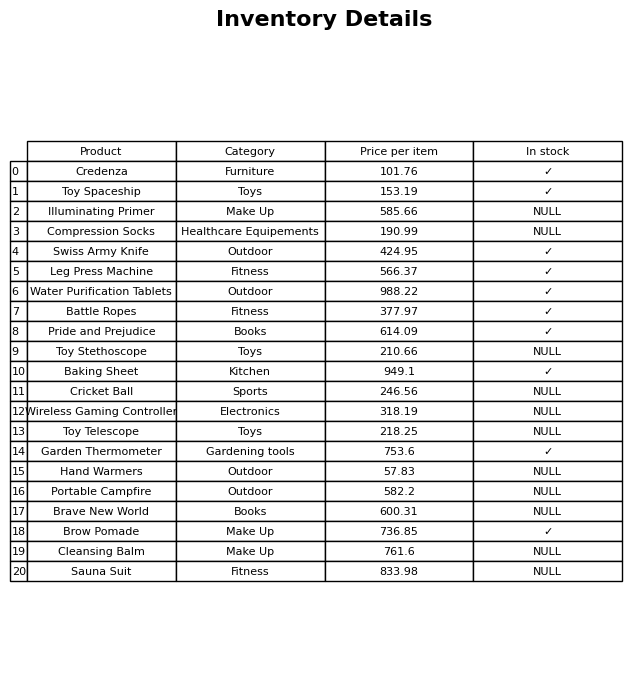
question: What is the stock status of the Cricket Ball?
answer: NULL